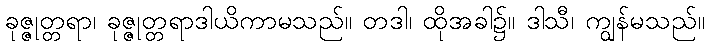
ခုဇ္ဇုတ္တရာ၊ ခုဇ္ဇုတ္တရာဒါယိကာမသည်။ တဒါ၊ ထိုအခါ၌။ ဒါသီ၊ ကျွန်မသည်။